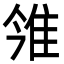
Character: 雂